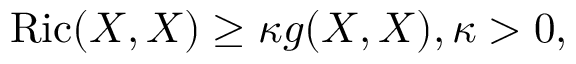
\operatorname { R i c } ( X , X ) \geq \kappa g ( X , X ) , \kappa > 0 ,